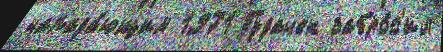
напада́ющим 1971 Гудачек забро́с'ил